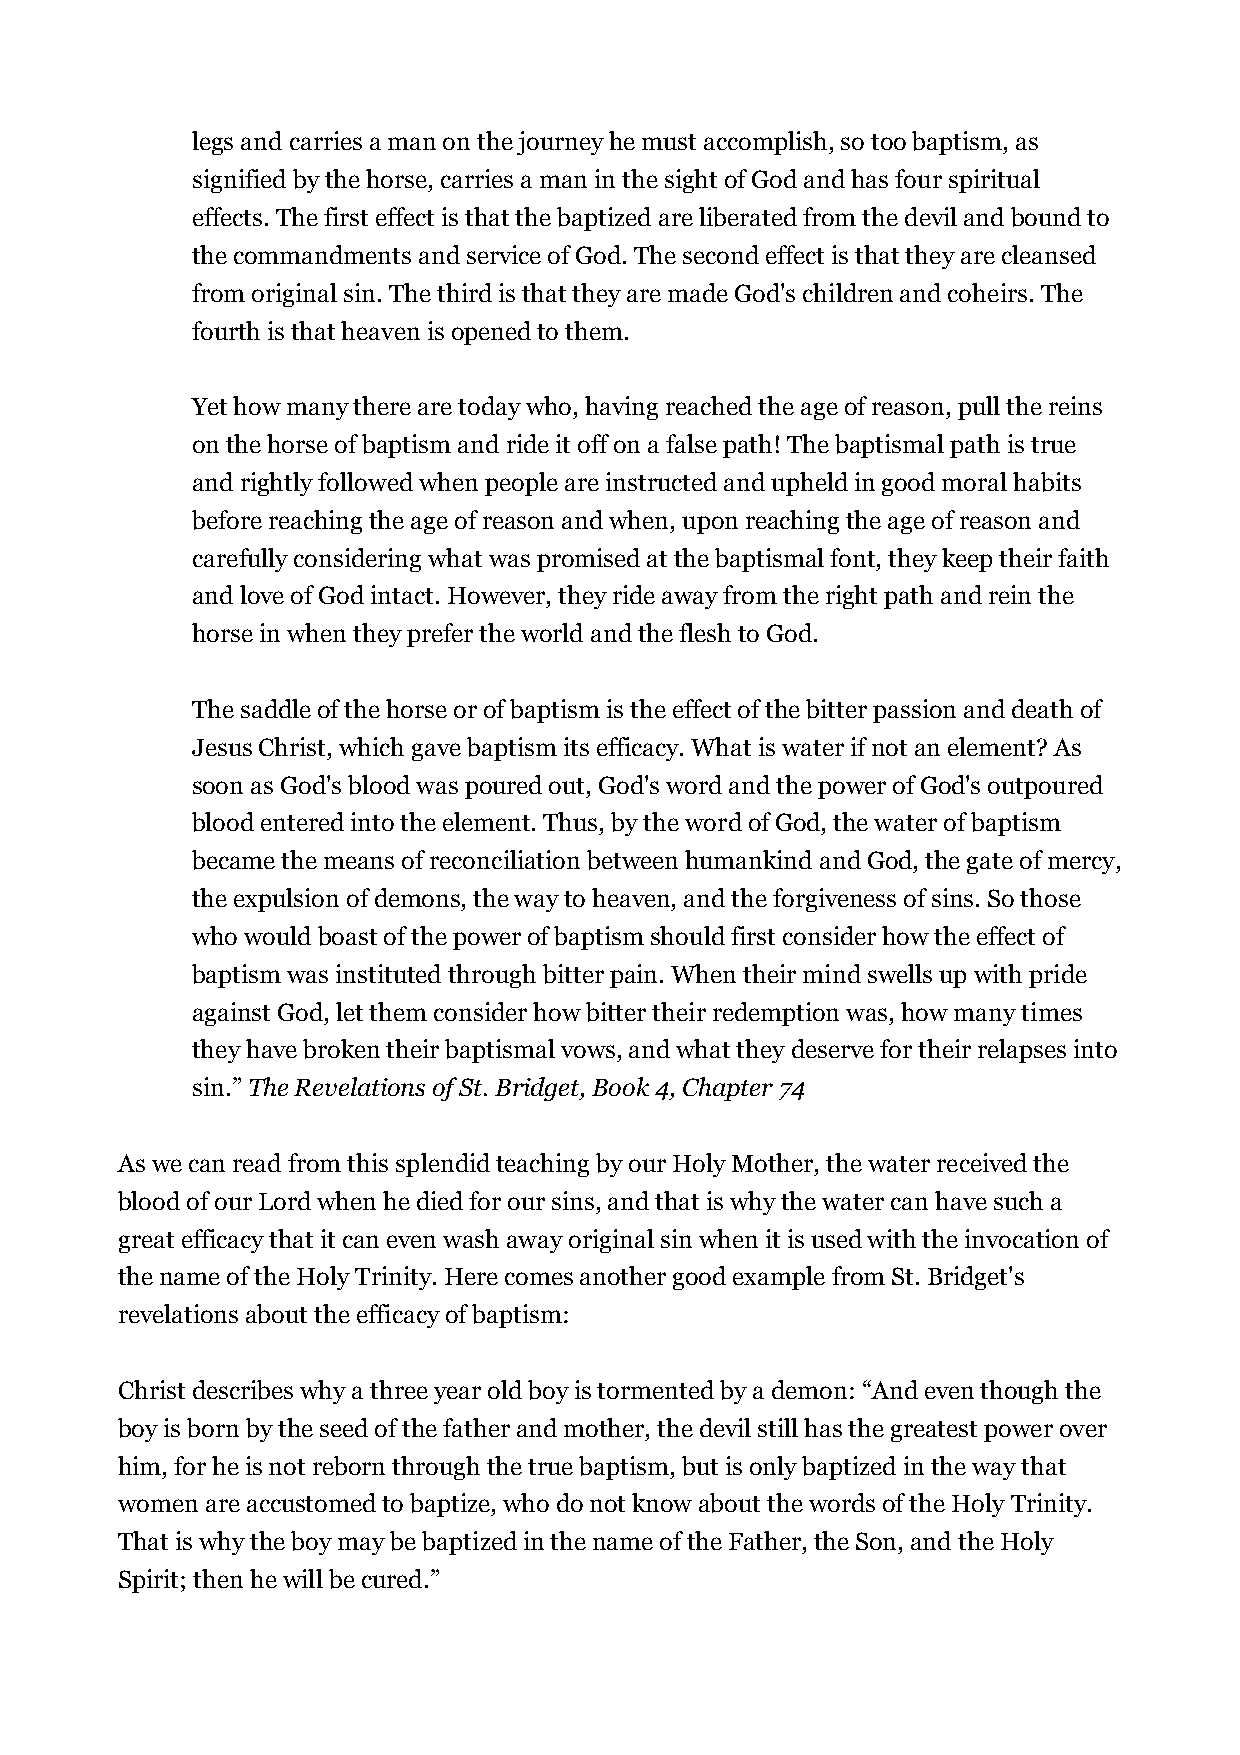
legs and carries a man on the journey he must accomplish, so too baptism, as
 signified by the horse, carries a man in the sight of God and has four spiritual
 effects. The first effect is that the baptized are liberated from the devil and bound to
 the commandments and service of God. The second effect is that they are cleansed
 from original sin. The third is that they are made God's children and coheirs. The
 fourth is that heaven is opened to them.
 Yet how many there are today who, having reached the age of reason, pull the reins
 on the horse of baptism and ride it off on a false path! The baptismal path is true
 and rightly followed when people are instructed and upheld in good moral habits
 before reaching the age of reason and when, upon reaching the age of reason and
 carefully considering what was promised at the baptismal font, they keep their faith
 and love of God intact. However, they ride away from the right path and rein the
 horse in when they prefer the world and the flesh to God.
 The saddle of the horse or of baptism is the effect of the bitter passion and death of
 Jesus Christ, which gave baptism its efficacy. What is water if not an element? As
 soon as God's blood was poured out, God's word and the power of God's outpoured
 blood entered into the element. Thus, by the word of God, the water of baptism
 became the means of reconciliation between humankind and God, the gate of mercy,
 the expulsion of demons, the way to heaven, and the forgiveness of sins. So those
 who would boast of the power of baptism should first consider how the effect of
 baptism was instituted through bitter pain. When their mind swells up with pride
 against God, let them consider how bitter their redemption was, how many times
 they have broken their baptismal vows, and what they deserve for their relapses into
 sin.” The Revelations of St. Bridget, Book 4, Chapter 74
 As we can read from this splendid teaching by our Holy Mother, the water received the
 blood of our Lord when he died for our sins, and that is why the water can have such a
 great efficacy that it can even wash away original sin when it is used with the invocation of
 the name of the Holy Trinity. Here comes another good example from St. Bridget's
 revelations about the efficacy of baptism:
 Christ describes why a three year old boy is tormented by a demon: “And even though the
 boy is born by the seed of the father and mother, the devil still has the greatest power over
 him, for he is not reborn through the true baptism, but is only baptized in the way that
 women are accustomed to baptize, who do not know about the words of the Holy Trinity.
 That is why the boy may be baptized in the name of the Father, the Son, and the Holy
 Spirit; then he will be cured.”